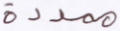
ممددة